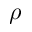
\rho